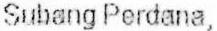
SUBANG PERDANA,